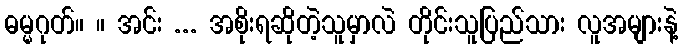
ဓမ္မဂုတ်။ ။ အင်း ... အစိုးရဆိုတဲ့သူမှာလဲ တိုင်းသူပြည်သား လူအများနဲ့